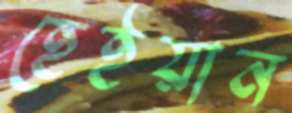
হেইয়ান